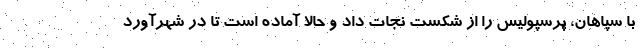
با سپاهان، پرسپولیس را از شکست نجات داد و حالا آماده است تا در شهرآورد